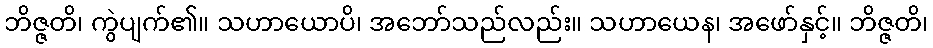
ဘိဇ္ဇတိ၊ ကွဲပျက်၏။ သဟာယောပိ၊ အဘော်သည်လည်း။ သဟာယေန၊ အဖော်နှင့်။ ဘိဇ္ဇတိ၊